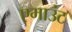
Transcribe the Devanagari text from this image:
एमाउंट